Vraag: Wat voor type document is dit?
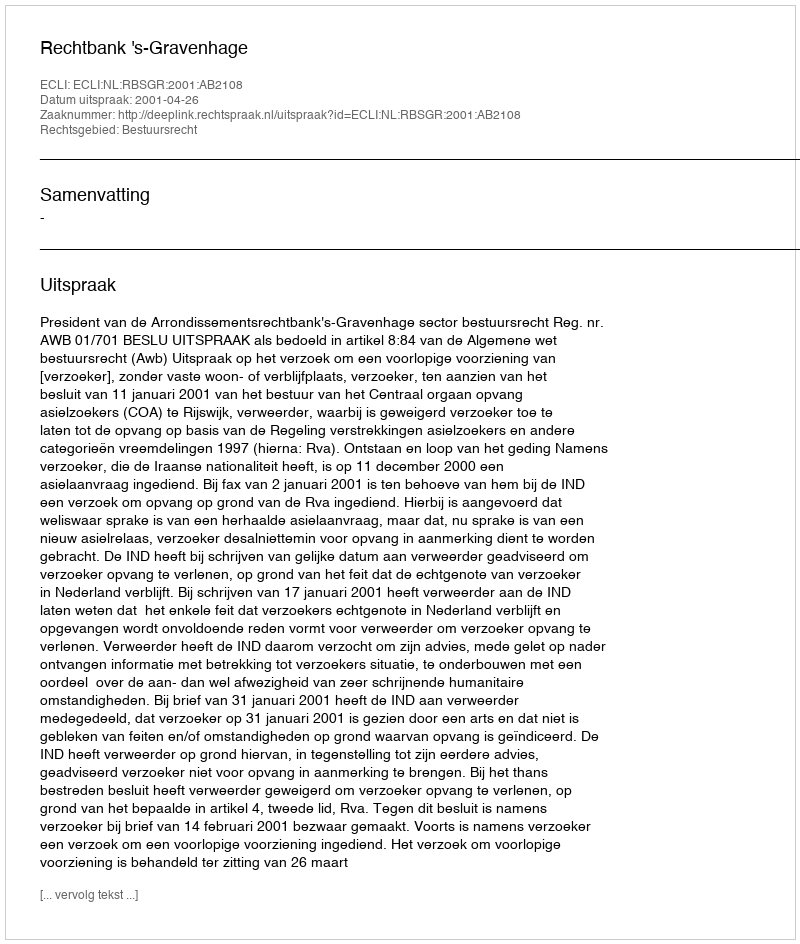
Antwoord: Uitspraak